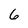
Character: 6